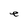
Character: e